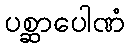
ပစ္ဆာပေါဏံ